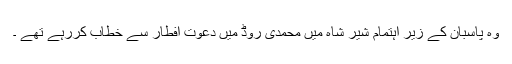
وہ پاسبان کے زیر اہتمام شیر شاہ میں محمدی روڈ میں دعوت افطار سے خطاب کررہے تھے ۔